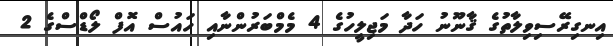
އިނގިރޭސިވިލާތުގެ ޤާނޫނު ހަދާ މަޖިލީހުގެ 4 މެމްބަރުންނާއި ހައުސް އޮފް ލޯޑްސްގެ 2